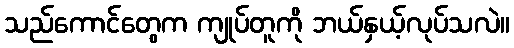
သည်ကောင်တွေက ကျုပ်တူကို ဘယ်နှယ့်လုပ်သလဲ။